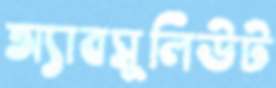
অ্যাবসুলিউট